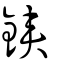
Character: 鋏